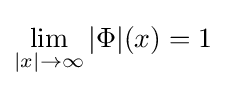
\lim _{|x|\rightarrow \infty }|\Phi |(x)=1